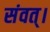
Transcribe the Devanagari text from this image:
संवत्‌।